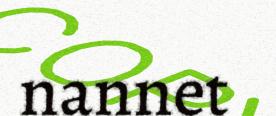
nannet